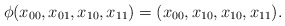
\begin{align*}\phi(x_{00}, x_{01}, x_{10}, x_{11})=(x_{00}, x_{10}, x_{10}, x_{11}).\end{align*}